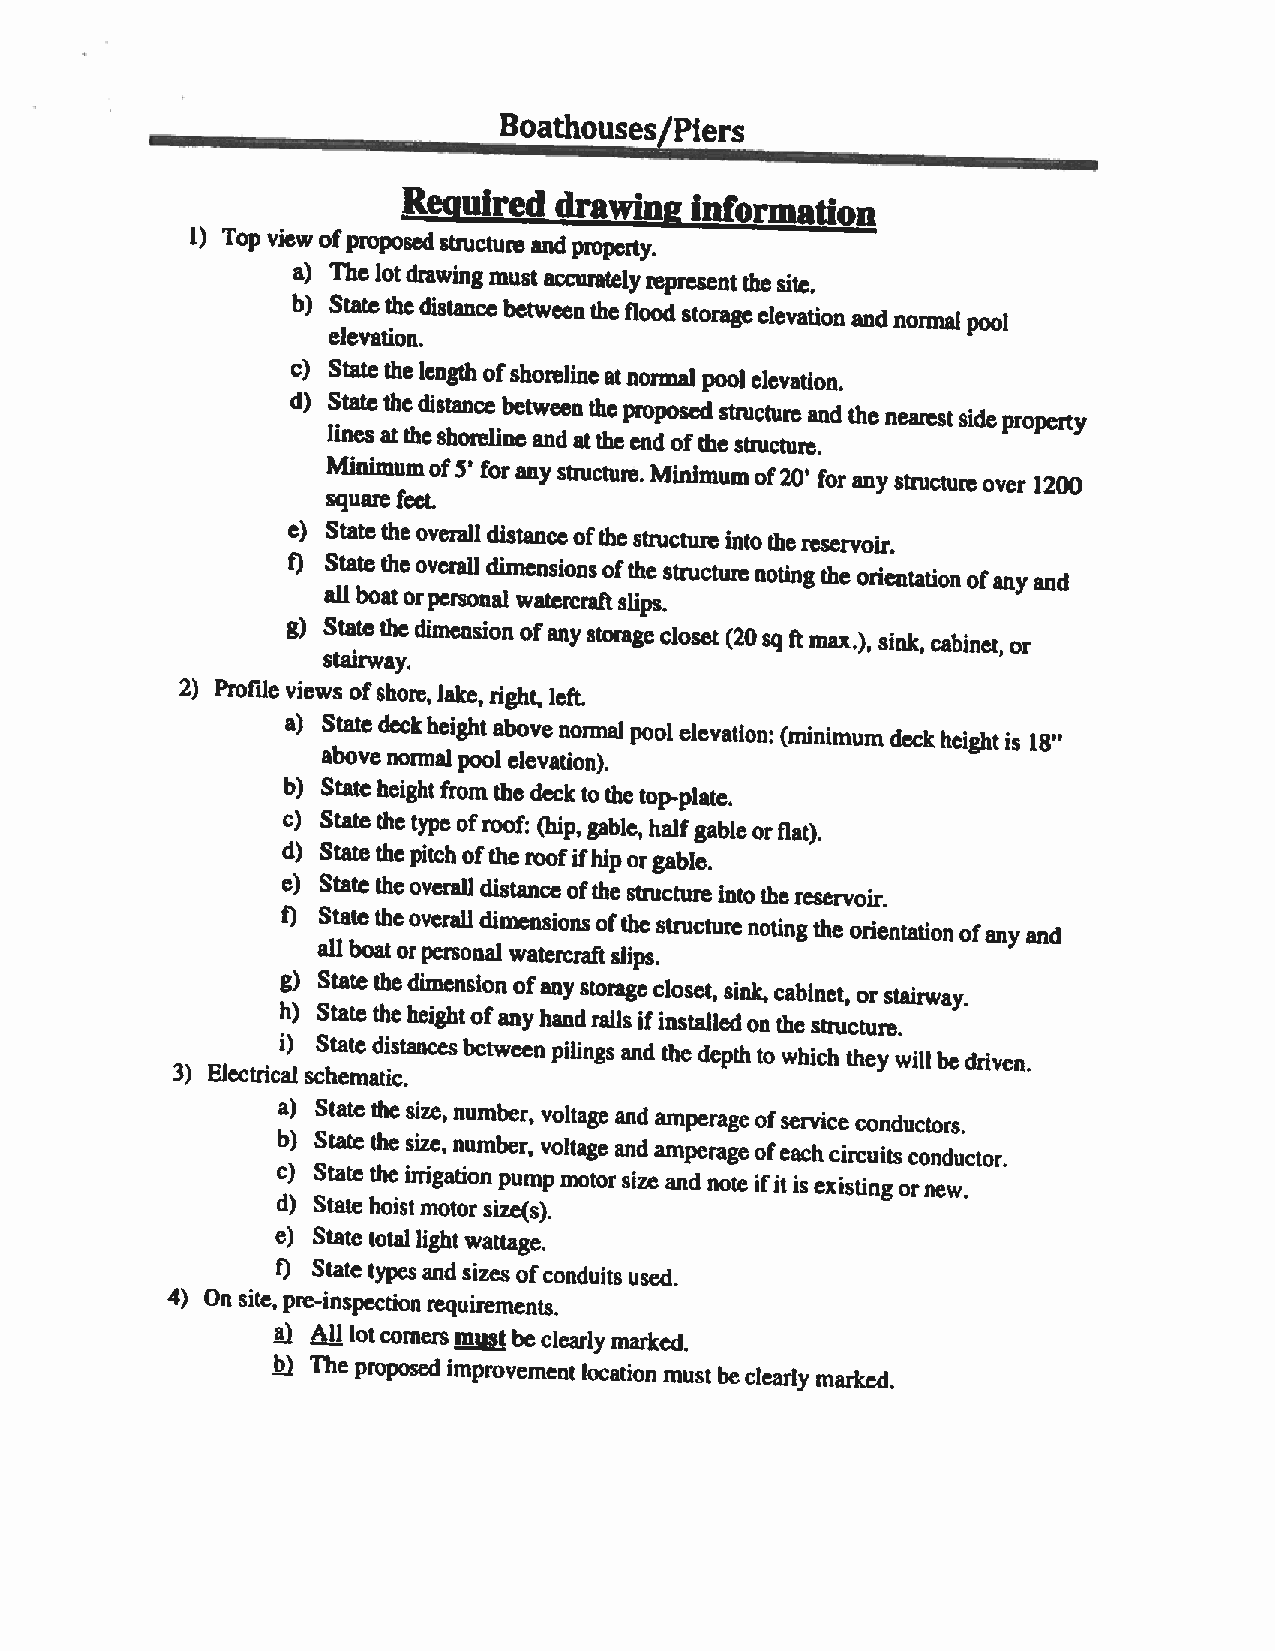
Boathouses/Piers
 Required  drawing  information
 1) Top view ofproposedstructure andproperty.
 a) The lotdrawingmust accuratelyrepresentthe
 site.
 b) Statethedistancebetweentheflood
 storageelevation and normal pool
 elevation.
 c) Statethelength ofshoreline atnormal pool elevation.
 d) Statethedistance between theproposed structure andthe nearestsideproperty
 lines attheshoreline and atthe end ofthe structure.
 Minimumof5’ forany structure. Minimumof20’ forany structure over 1200
 squarefeet.
 c) Statetheoveralldistanceofthe structure intothereservoir.
 fl Statetheoverall dimensionsofthestructure
 notingtheorientation ofany and
 allboatorpersonal watercraftslips.
 g) Statethedimension ofany storage closet (20 sq ftmax.), sink, cabinet, or
 stairway.
 2) Profile views ofshore, lake, right, left.
 a) State deckheight above normal pool elevation: (minimum deckheight is 18”
 above normal pool elevation).
 b) State heightfrom thedeck tothe top-plate.
 c) Statethetypeofroof:
 (hip, gable, halfgableorflat).
 d) State thepitchofthe roofifhiporgable.
 e) State theoverall distance ofthe structure into thereservoir.
 1) Statetheoverall dimensions ofthe structure notingthe orientation ofany and
 all boatorpersona] watercraft slips.
 g) State thedimension ofany storage closet, sink, cabinet, or stairway.
 b) State theheightofany handrails ifinstalledon the structure.
 i) State distancesbetween pilings and thedepth to which they willbedriven.
 3) Electrical schematic.
 a) State thesize, number, voltage and amperage of service conductors.
 b) State the size, number, voltage and amperage ofeachcircuitsconductor.
 c) State the irrigation pump motorsize and note ifit is existing ornew.
 d) Statehoistmotor size(s).
 e) State totallightwattage.
 1) State types and sizes ofconduits used.
 4) On site, pm-inspectionrequirements.
 41 All Lotcorners mustbeclearly marked.
 The proposed improvement location must beclearly marked.